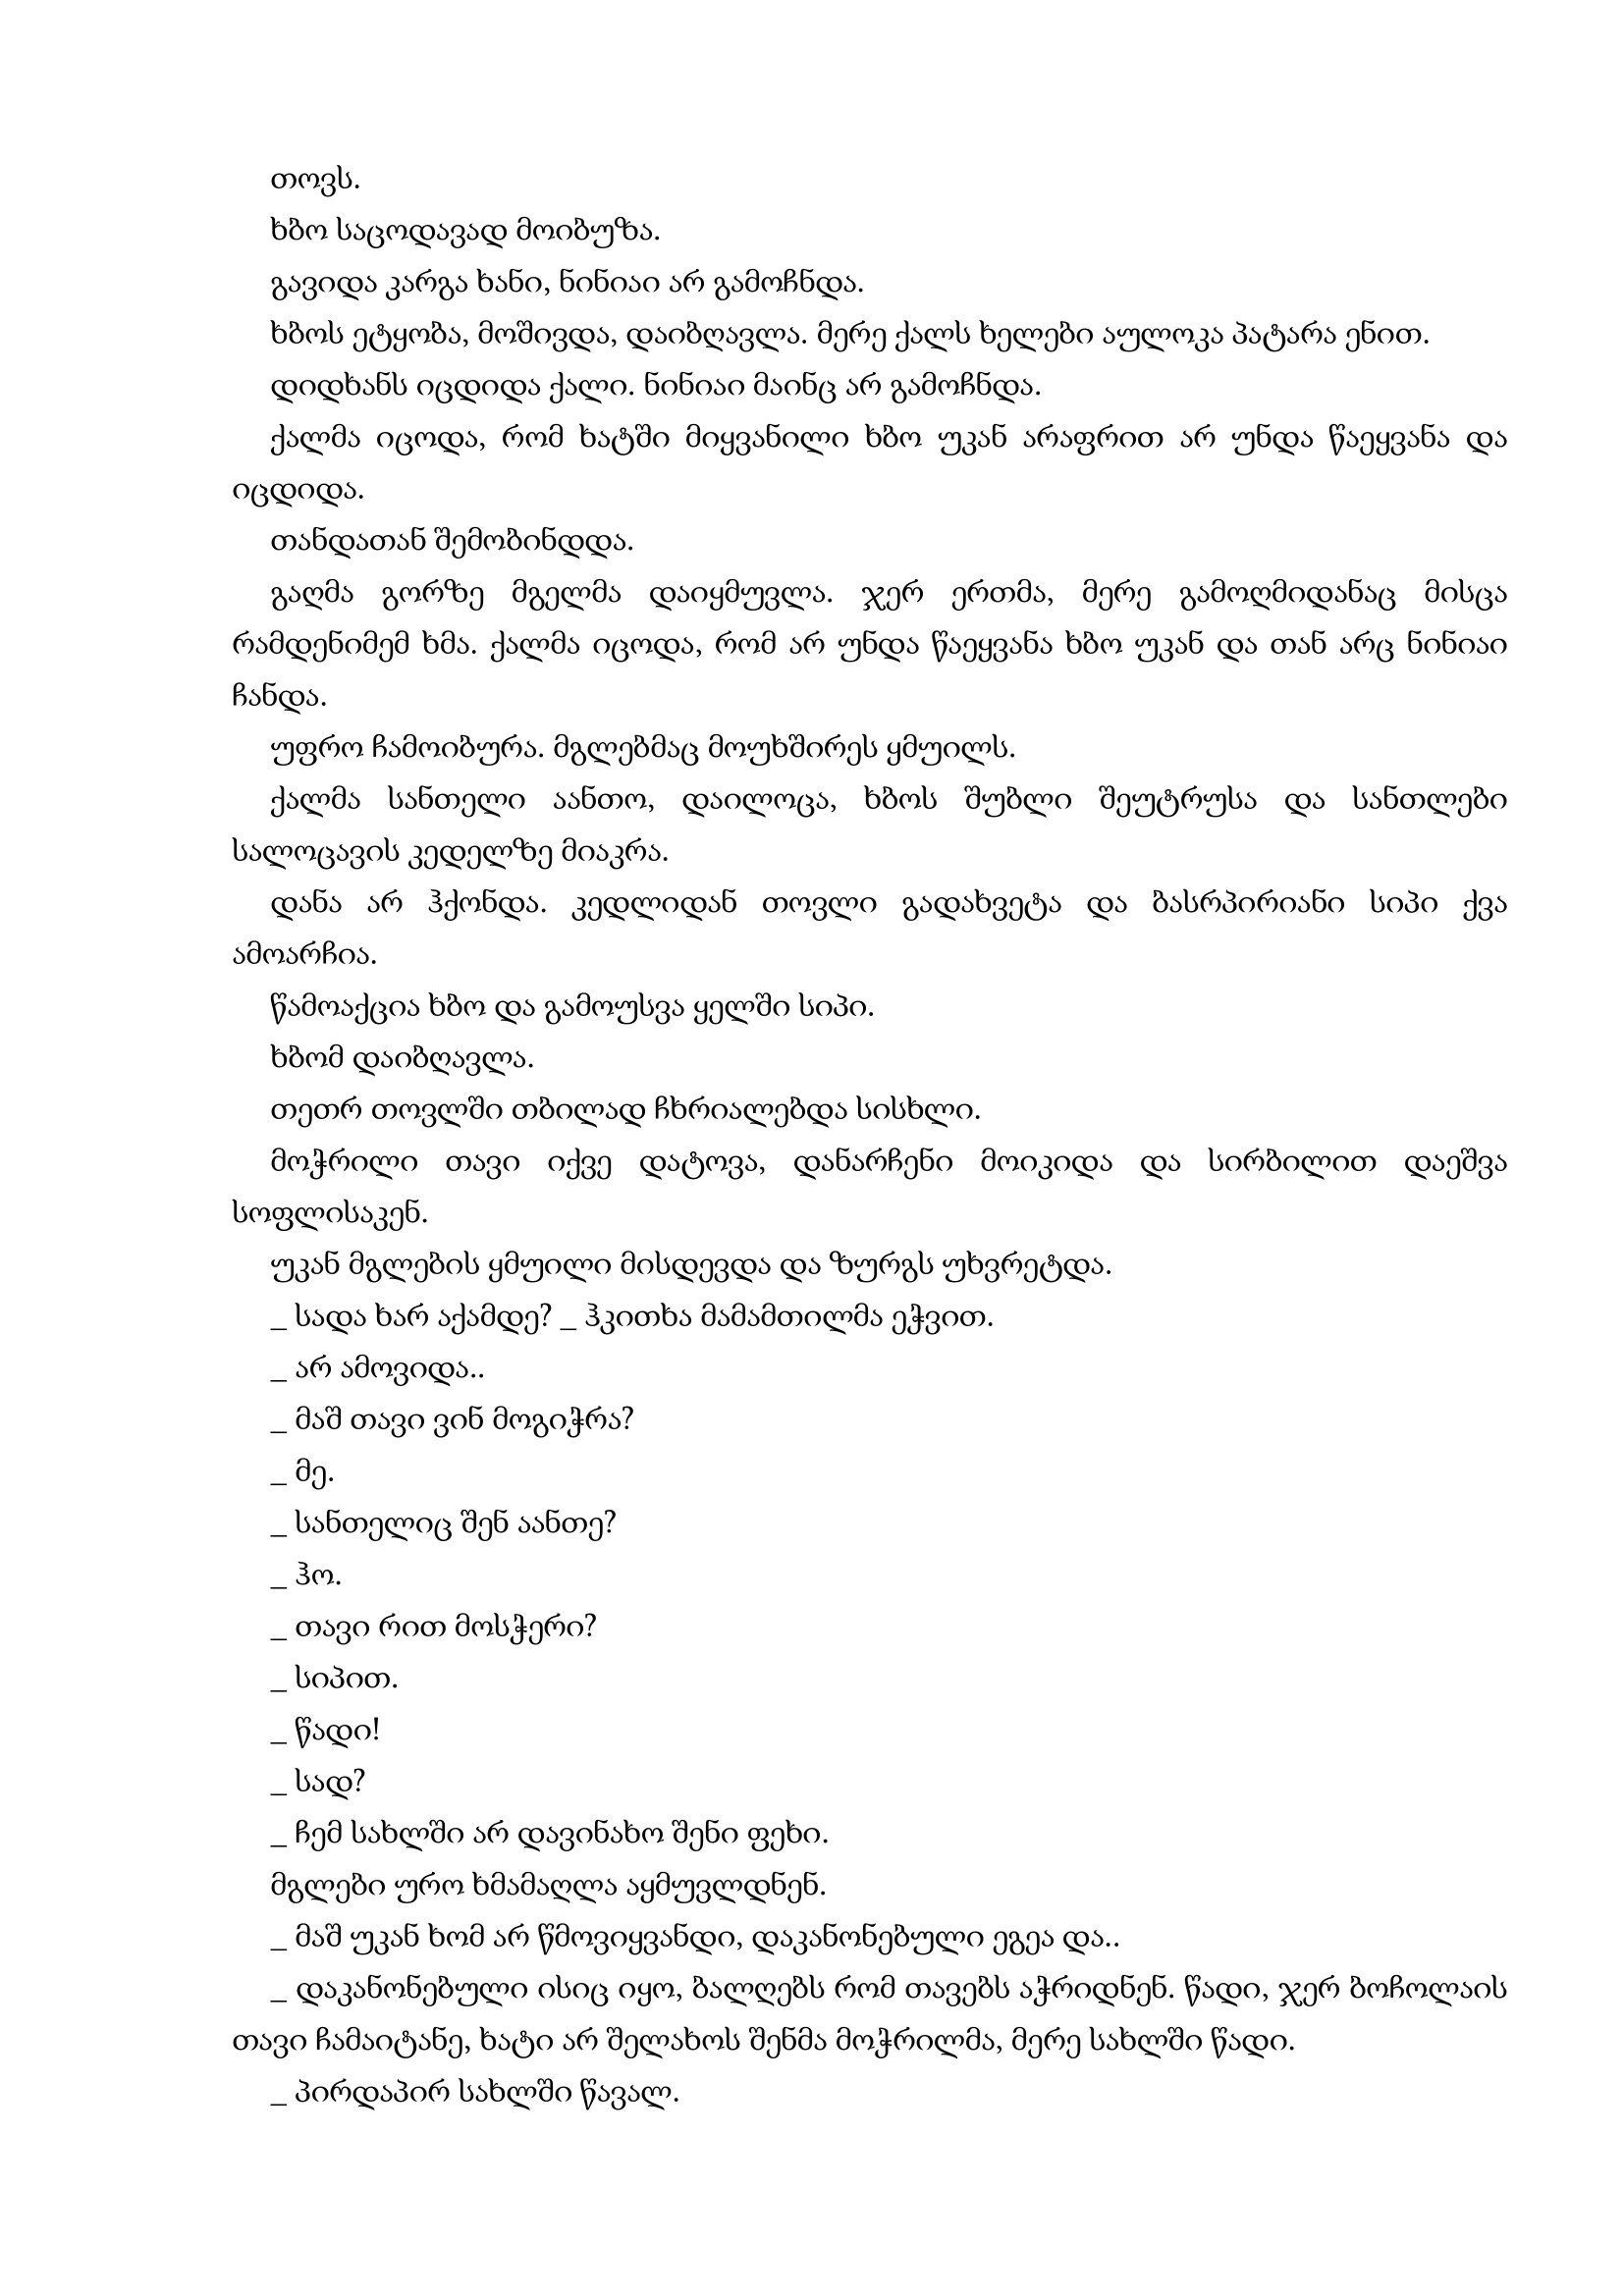
Language: gr